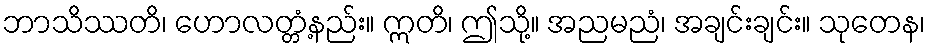
ဘာသိဿတိ၊ ဟောလတ္တံ့နည်း။ ဣတိ၊ ဤသို့။ အညမညံ၊ အချင်းချင်း။ သုတေန၊